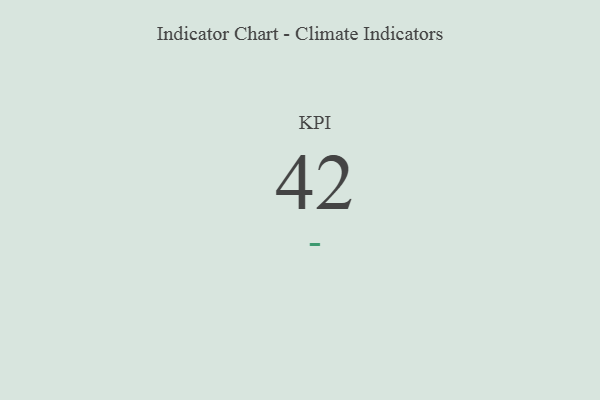
{"axis": {"x": "KPI", "y": "Value"}, "legend": [""], "data": [{"x": "KPI", "y": 42, "type": ""}]}